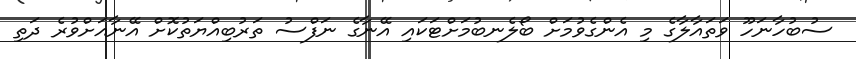
ސުބުހާނަހޫ ވަތައާލާގެ މި އެންގެވުމަށް ބޯލެނބުމަށްޓަކައި އޭނާގެ ނަފްސު ތަރުބިއްޔަތުކޮށް އޭނާއަށްވުރެ ދަތި